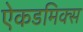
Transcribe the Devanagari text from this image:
ऐकडमिक्स